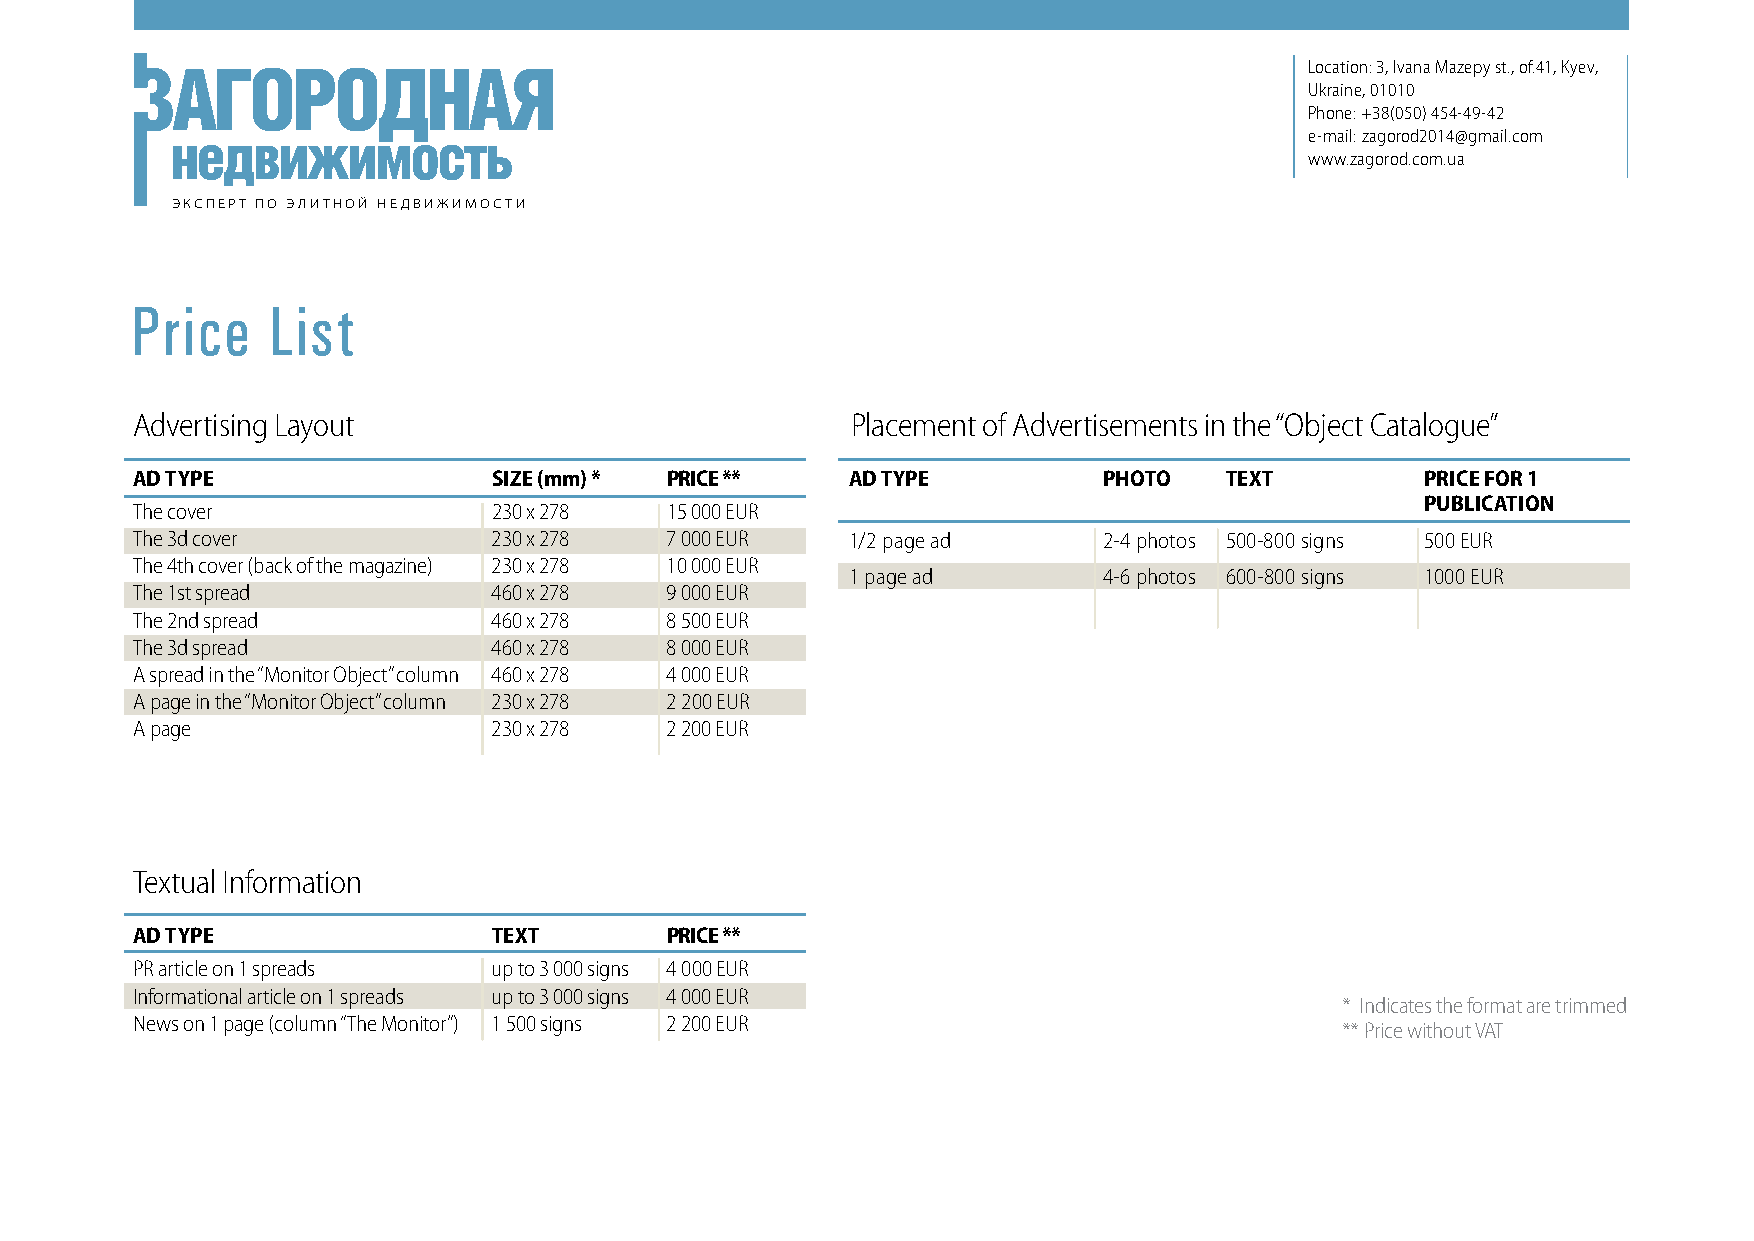
Location: 3, Ivana Mazepy st., of.41, Kyev,
 Ukraine, 01010
 Phone: +38(050) 454-49-42
 e-mail: zagorod2014@gmail.com
 www.zagorod.com.ua
 ЭКСПЕРТ ПО ЭЛИТНОЙ НЕДВИЖИМОСТИ
 Price    List
 Advertising Layout                             Placement of Advertisements in the “Object Catalogue”
 AD TYPE                 SIZE (mm) * PRICE **   AD TYPE          PHOTO   TEXT         PRICE FOR 1
 PUBLICATION
 The cover               230 х 278  15 000 EUR
 The 3d cover            230 х 278  7 000 EUR   1/2 page ad      2-4photos 500-800signs 500EUR
 The 4th cover (back of the magazine) 230 х 278 10 000 EUR
 1 page ad        4-6photos 600-800 signs 1000EUR
 The 1st spread          460 х 278  9 000 EUR
 The 2nd spread          460 х 278  8 500 EUR
 The 3d spread           460 х 278  8 000 EUR
 A spread in the “Monitor Object” column 460 х 278 4 000 EUR
 A page in the “Monitor Object” column 230 х 278 2 200 EUR
 A page                  230 х 278  2 200 EUR
 Textual Information
 AD TYPE                 TEXT       PRICE **
 PR article on 1 spreads up to 3 000 signs 4 000EUR
 Informational article on 1 spreads up to 3 000 signs 4 000 EUR
 * Indicates the format are trimmed
 News on 1 page (column “The Monitor”) 1 500 signs 2 200 EUR
 ** Price without VAT